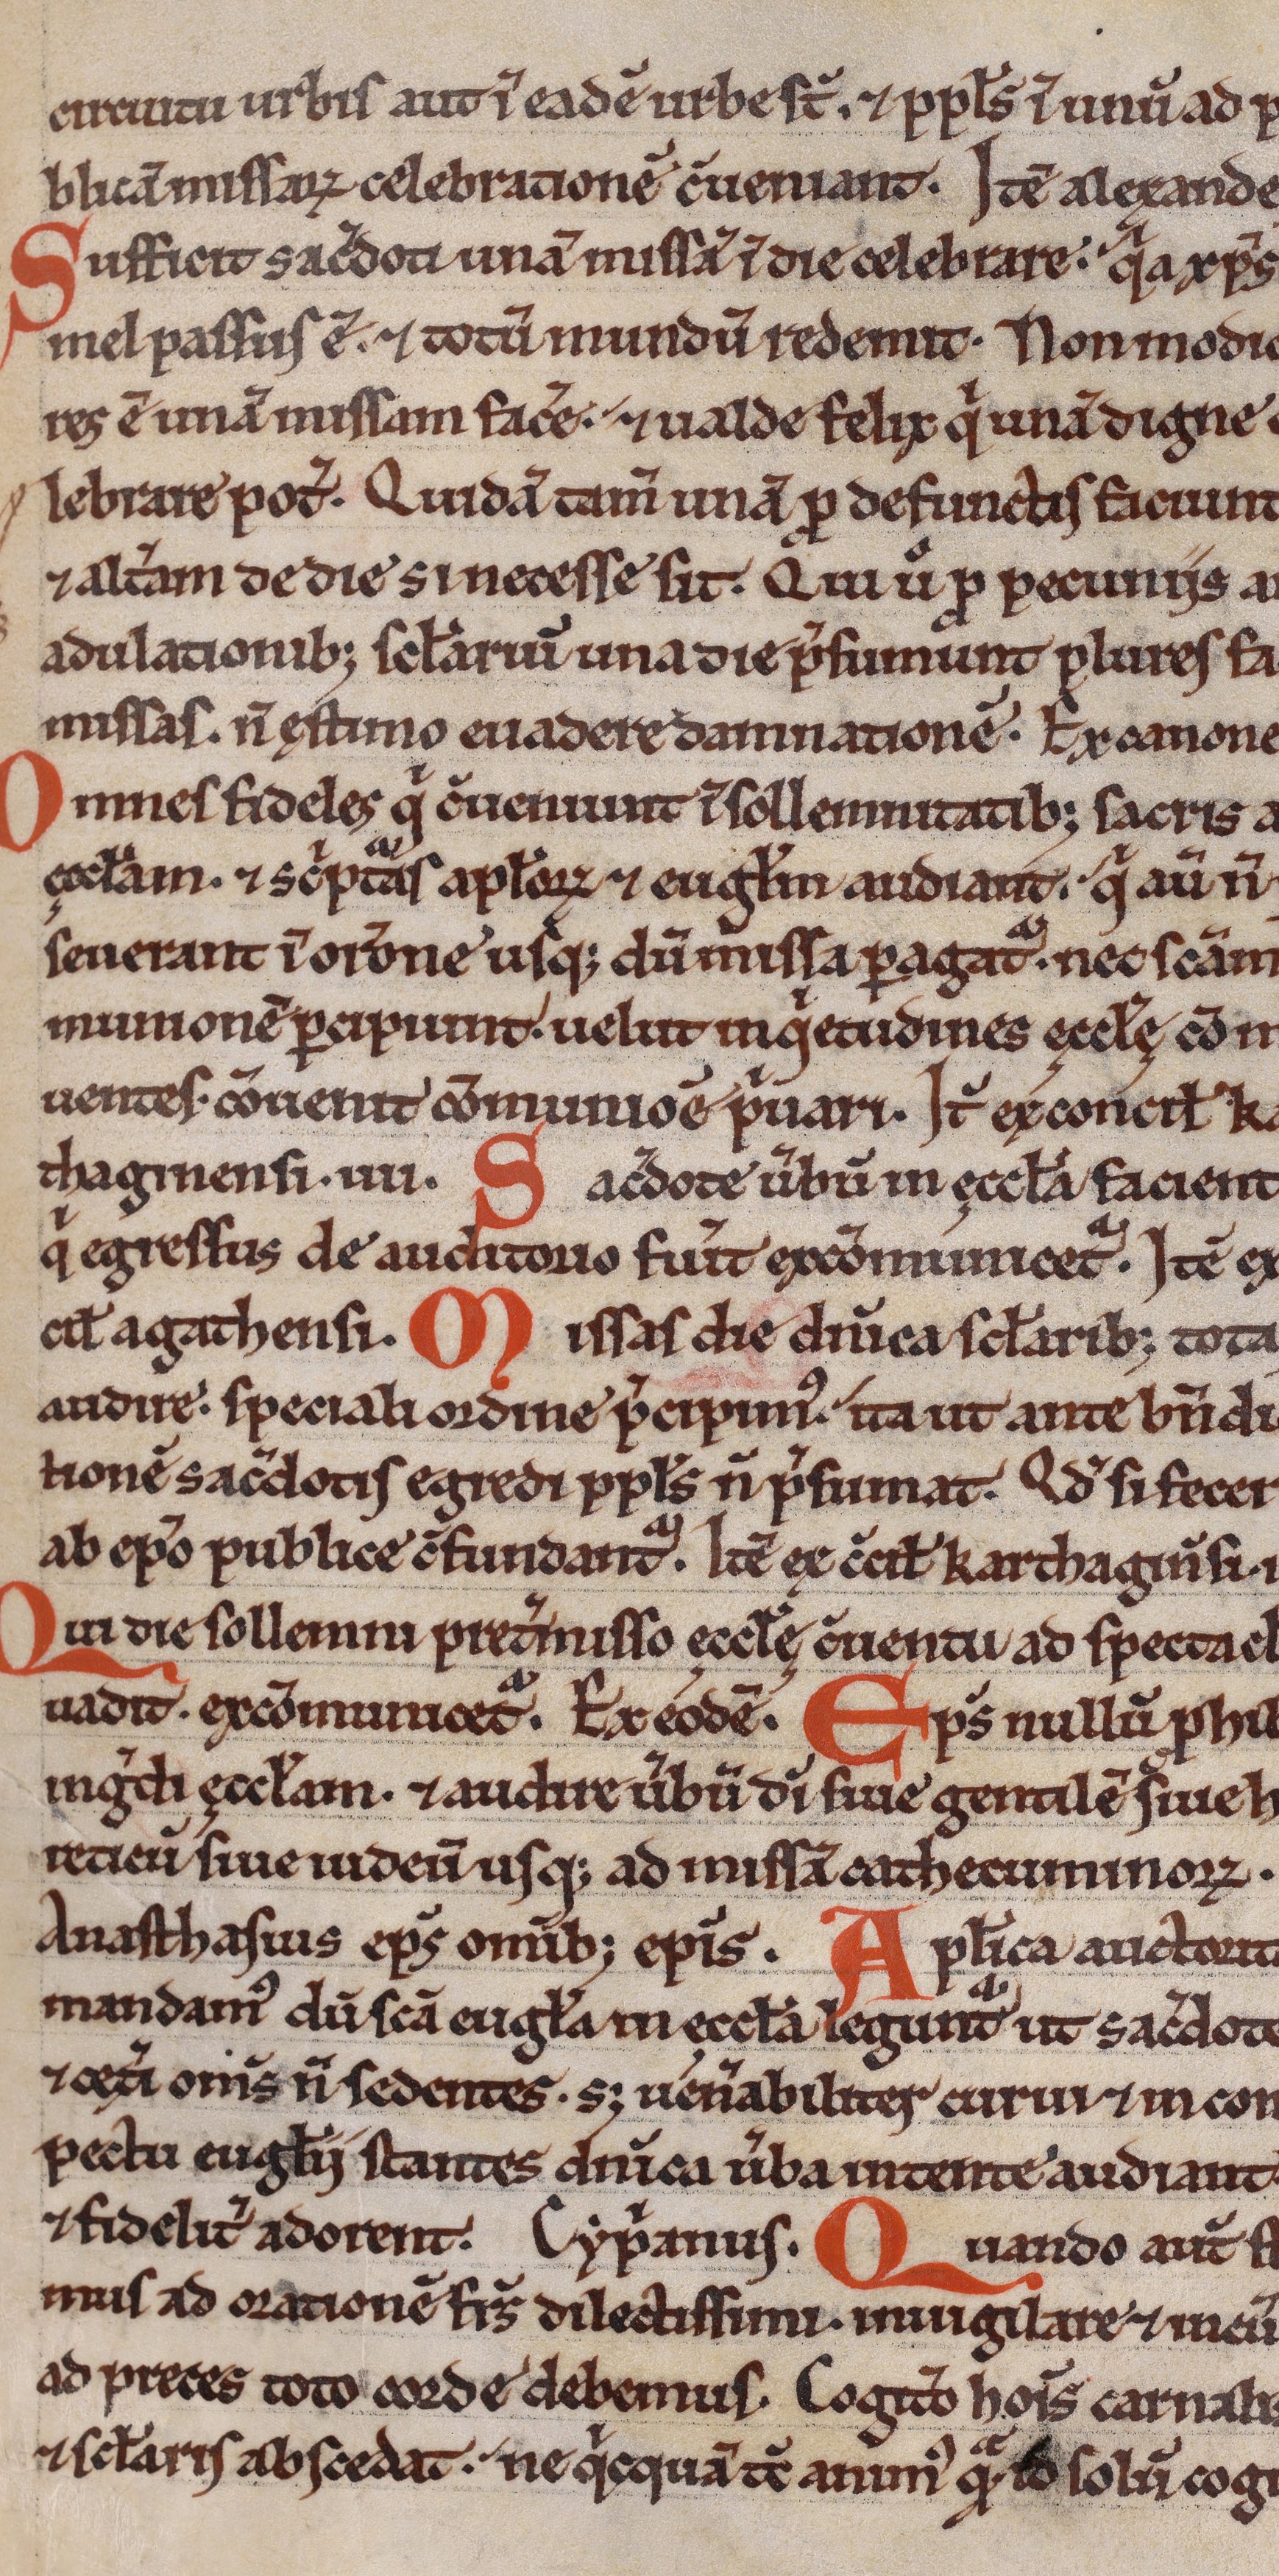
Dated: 1200–1230